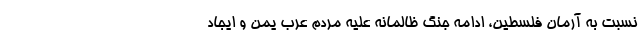
نسبت به آ‌رمان فلسطین، ادامه جنگ ظالمانه علیه مردم عرب یمن و ایجاد